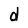
Character: d